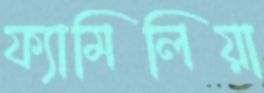
ফ্যামিলিয়া